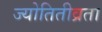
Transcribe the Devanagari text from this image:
ज्योतितीव्रता